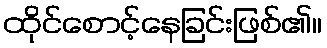
ထိုင်စောင့်နေခြင်းဖြစ်၏။